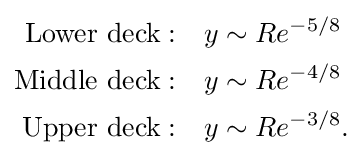
{\begin{aligned}{\text{Lower deck}}:&\quad y\sim Re^{-5/8}\\{\text{Middle deck}}:&\quad y\sim Re^{-4/8}\\{\text{Upper deck}}:&\quad y\sim Re^{-3/8}.\end{aligned}}